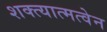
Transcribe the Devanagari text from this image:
शक्त्यात्मत्वेन